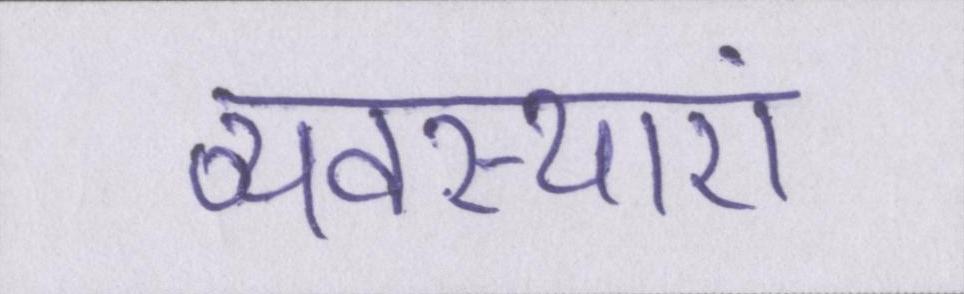
व्यवस्थाएं